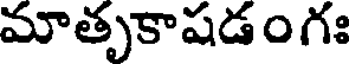
మాతృకాషడంగః